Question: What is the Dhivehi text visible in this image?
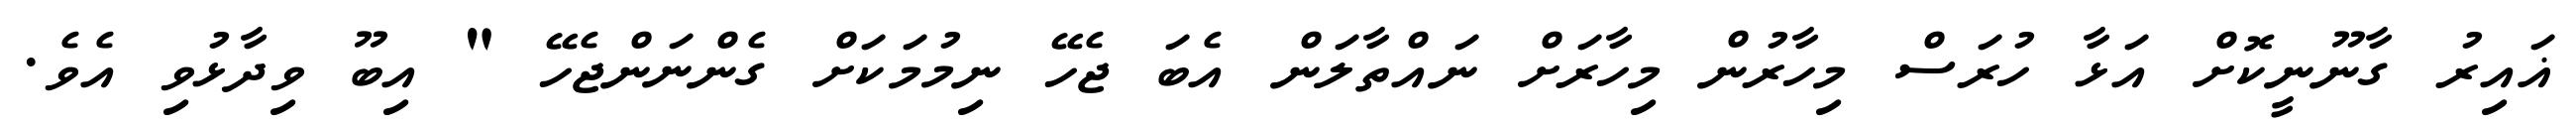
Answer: ޣައިރު ގާނޫނީކޮށް އަޅާ ހުރަސް މިހާރުން މިހާރަށް ނައްތާލަން އެބަ ޖެހޭ ނިމުމަކަށް ގެންނަންޖެހޭ " އިބޫ ވިދާޅުވި އެވެ.